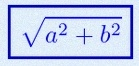
\sqrt{a^2+b^2}